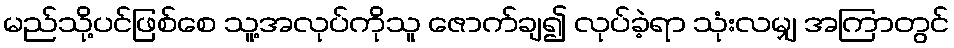
မည်သို့ပင်ဖြစ်စေ သူ့အလုပ်ကိုသူ ဇောက်ချ၍ လုပ်ခဲ့ရာ သုံးလမျှ အကြာတွင်